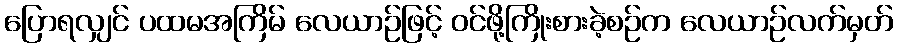
ပြောရလျှင် ပထမအကြိမ် လေယာဉ်ဖြင့် ဝင်ဖို့ကြိုးစားခဲ့စဉ်က လေယာဉ်လက်မှတ်